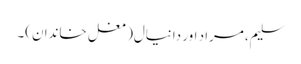
سلیم، مراد اور دانیال(مغل خاندان)۔